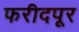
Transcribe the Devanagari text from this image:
फरीदपूर